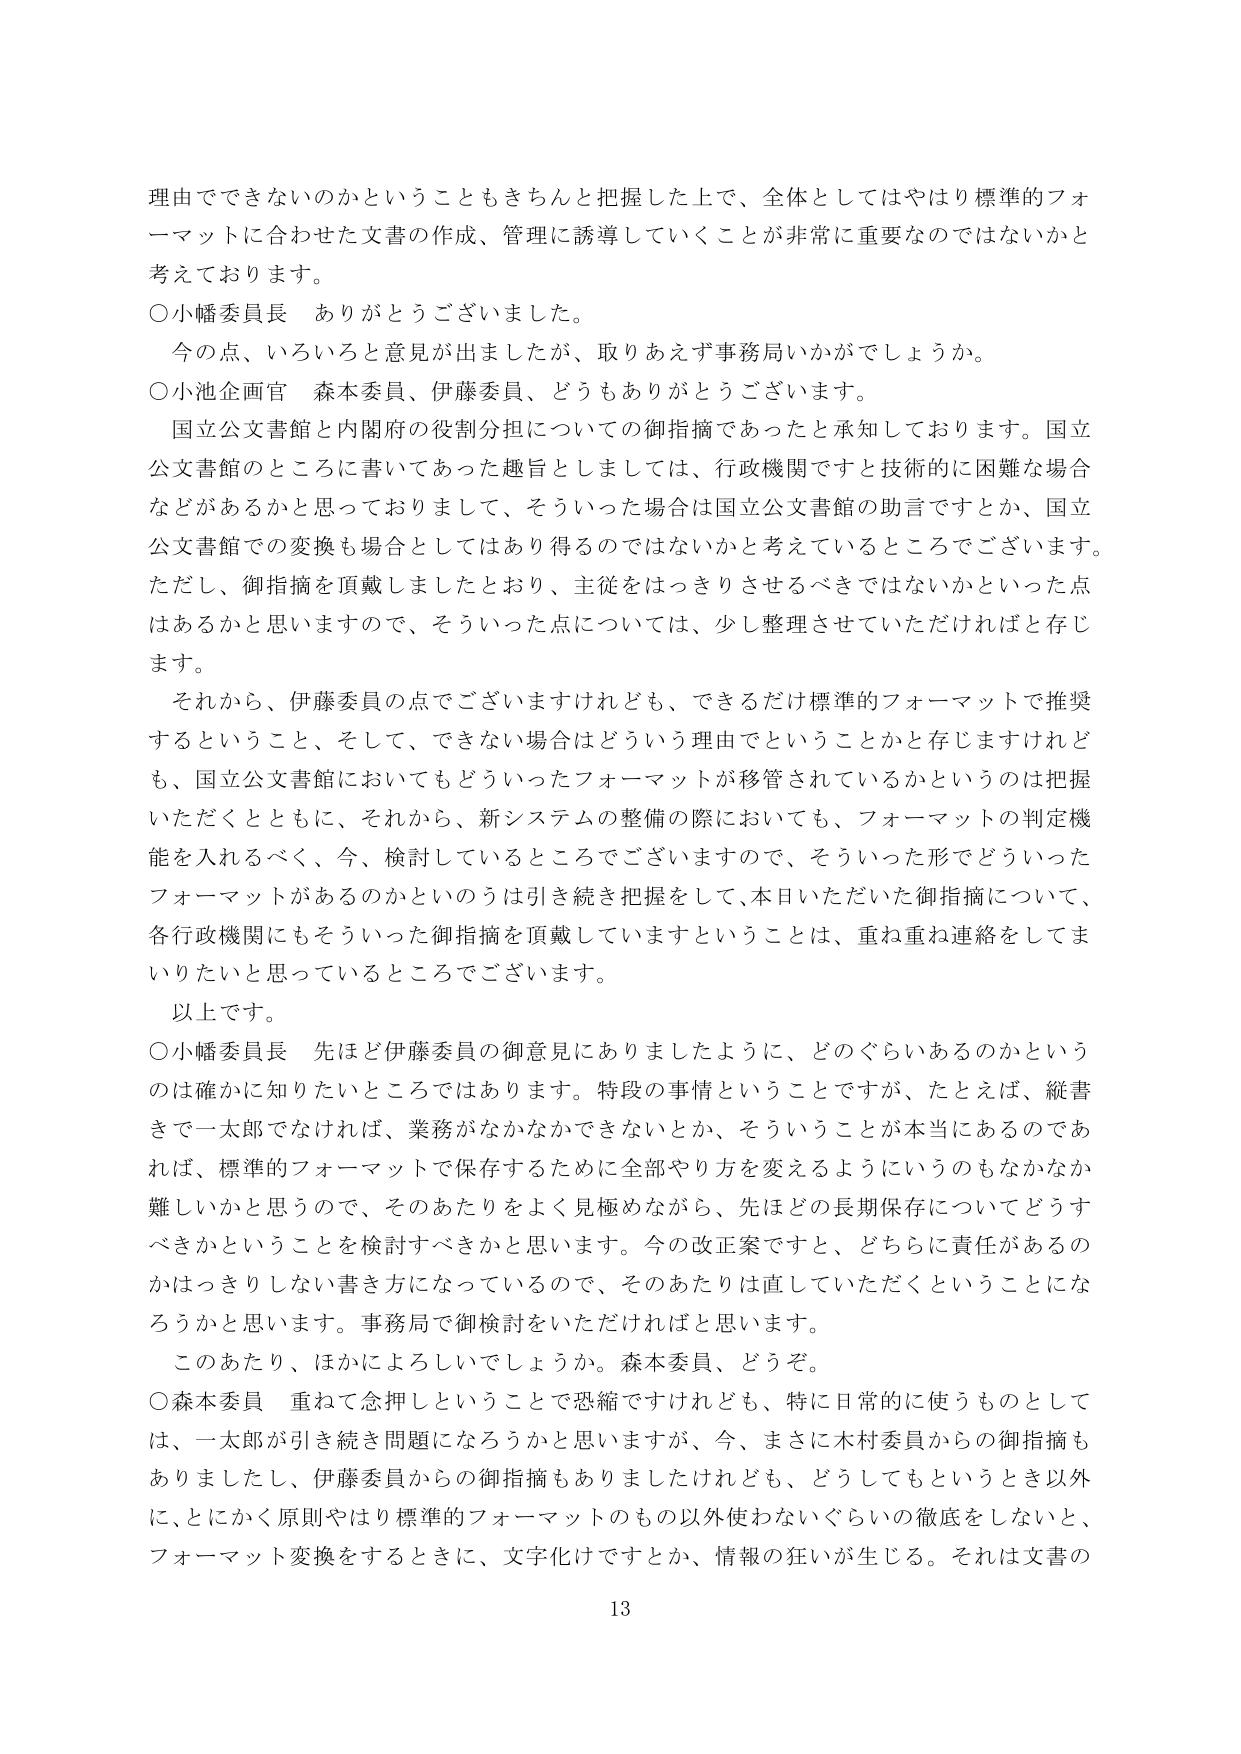
理由でできないのかということもきちんと把握した上で、全体としてやはり標準的フォーマットに合わせた文書の作成、管理に誘導していくことが非常に重要なのではないかと考えております。

○小幡委員長　ありがとうございました。

　今の点、いろいろと意見が出ましたが、取りあえず事務局いかがでしょうか。

○小池企画官　森本委員、伊藤委員、どうもありがとうございます。

　国立公文書館と内閣府の役割分担についての御指摘であったと承知しております。国立公文書館のところに書いてあった趣旨としましては、行政機関ですと技術的に困難な場合などがあるかと思っておりまして、そういった場合は国立公文書館の助言ですとか、国立公文書館での変換も場合としてはあり得るのではないかと考えているところでございます。ただし、御指摘を頂戴しましたとおり、主従をはっきりさせるべきではないかといった点はあるかと思いますので、そういった点については、少し整理させていただければと存じます。

　それから、伊藤委員の点でございますけれども、できるだけ標準的フォーマットで推奨するということ、そして、できない場合はどういう理由でということかと存じますけれども、国立公文書館においてもどういったフォーマットが移管されているかというのは把握いただくとともに、それから、新システムの整備の際においても、フォーマットの判定機能を入れるべく、今、検討しているところでございますので、そういった形でどういったフォーマットがあるのかというのは引き続き把握をして、本日いただいた御指摘について、各行政機関にもそういった御指摘を頂戴していますということは、重ね重ね連絡をしてまいりたいと思っているところでございます。

　以上です。

○小幡委員長　先ほど伊藤委員の御意見にありましたように、どのぐらいあるのかというのは確かに知りたいところではあります。特段の事情ということですが、たとえば、縦書きで一太郎でなければ、業務がなかなかできないとか、そういうことが本当にあるのであれば、標準的フォーマットで保存するために全部やり方を変えるようにいうのもなかなか難しいかと思うので、そのあたりをよく見極めながら、先ほどの長期保存についてどうすべきかということを検討すべきかと思います。今の改正案ですと、どちらに責任があるのかはっきりしない書き方になっているので、そのあたりは直していただくということになろうかと思います。事務局で御検討をいただければと思います。

　このあたり、ほかによろしいでしょうか。森本委員、どうぞ。

○森本委員　重ねて念押しということで恐縮ですけれども、特に日常的に使うものとしては、一太郎が引き続き問題になろうかと思いますが、今、まさに木村委員からの御指摘もありましたし、伊藤委員からの御指摘もありましたけれども、どうしてもというとき以外に、とにかく原則やはり標準的フォーマットのもの以外使わないぐらいの徹底をしないと、フォーマット変換をするときに、文字化けですとか、情報の狂いが生じる。それは文書の

13